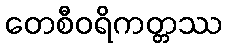
တေစီဝရိကတ္တဿ